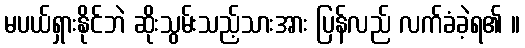
မပယ်ရှားနိုင်ဘဲ ဆိုးသွမ်းသည့်သားအား ပြန်လည် လက်ခံခဲ့ရ၏ ။